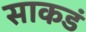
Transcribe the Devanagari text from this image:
साकडं